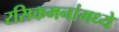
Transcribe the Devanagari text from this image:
रसिकमनांमध्ये